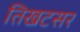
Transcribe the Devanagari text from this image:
तिखटसर